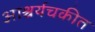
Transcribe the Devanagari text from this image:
आश्चर्यचकीत